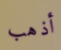
أذهب